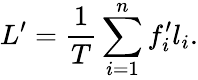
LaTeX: L^{\prime}=\frac{1}{T}\sum_{i=1}^{n}f_{i}^{\prime}l_{i}.